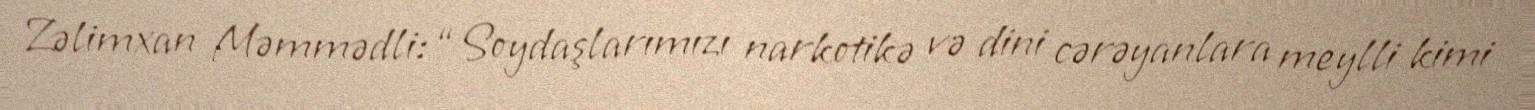
Zəlimxan Məmmədli: “Soydaşlarımızı narkotikə və dini cərəyanlara meylli kimi